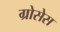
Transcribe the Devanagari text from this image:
ग्रोसेस